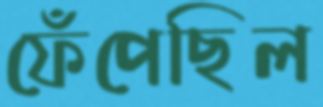
ফেঁপেছিল